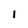
Character: I